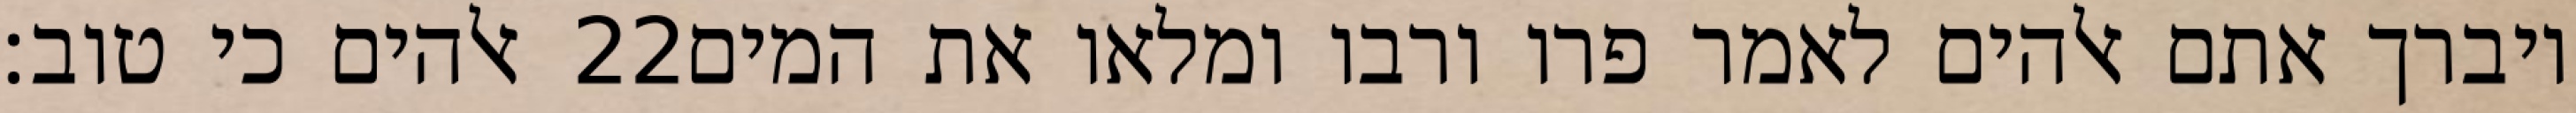
אלהים כי טוב׃ ‎22‏ ויברך אתם אלהים לאמר פרו ורבו ומלאו את המים